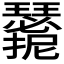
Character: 𭣑